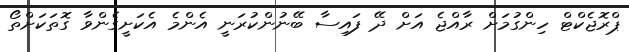
ޕްރޮޖެކްޓް ހިންގުމަށް ރާއްޖެ އަށް ދޭ ފައިސާ ބޭނުންކުރަނީ އެންމެ އެކަށީގެންވާ ގޮތަކަށްތޯ